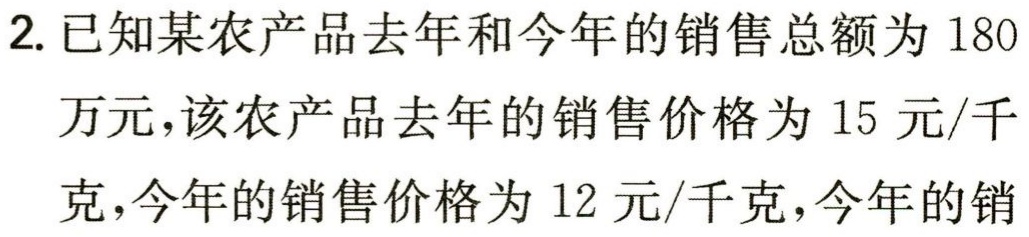
2. 已知某农产品去年和今年的销售总额为 180
万元，该农产品去年的销售价格为 15 元/千
克，今年的销售价格为 12 元/千克，今年的销